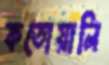
কতোয়ালি